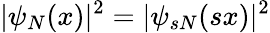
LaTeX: |\psi_{N}(x)|^{2}=|\psi_{sN}(sx)|^{2}